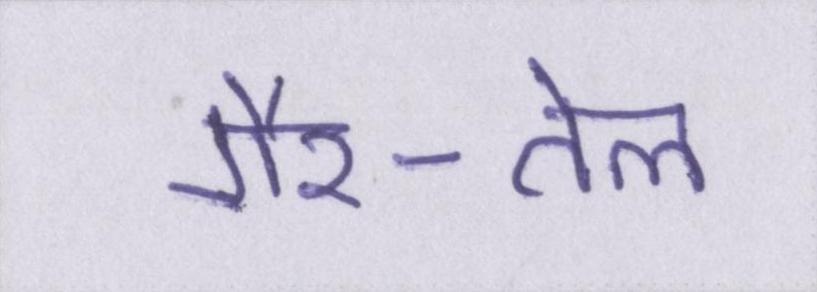
गैर-तेल